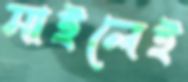
মাইলেই